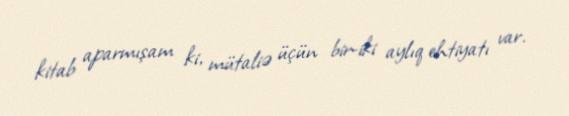
kitab aparmışam ki, mütaliə üçün bir-iki aylıq ehtiyatı var.